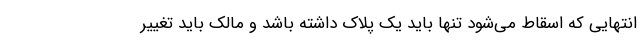
انتهایی که اسقاط می‌شود تنها باید یک پلاک داشته باشد و مالک باید تغییر